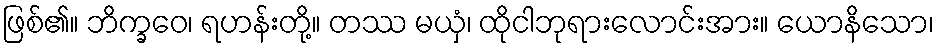
ဖြစ်၏။ ဘိက္ခဝေ၊ ရဟန်းတို့။ တဿ မယှံ၊ ထိုငါဘုရားလောင်းအား။ ယောနိသော၊